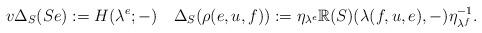
LaTeX: \begin{align*}v\Delta_S(Se):= H( \lambda^e;-) \quad\Delta_S(\rho(e,u,f)):= \eta_{ \lambda^e}\mathbb{R}(S)( \lambda(f,u,e),-)\eta_{\lambda^f}^{-1}.\end{align*}